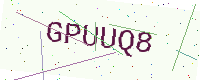
Text: GPUUQ8